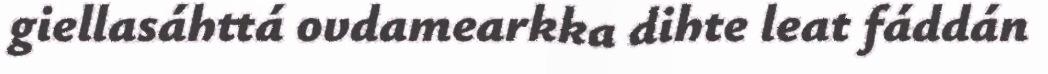
giellasáhttá ovdamearkka dihte leat fáddán